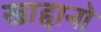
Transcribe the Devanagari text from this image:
खाद्दानो